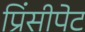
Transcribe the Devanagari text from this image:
प्रिंसीपेट